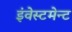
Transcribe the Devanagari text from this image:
इंवेस्टमेन्ट